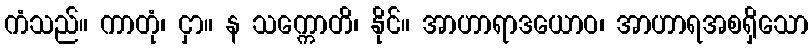
ကံသည်။ ကာတုံ၊ ငှာ။ န သက္ကောတိ၊ နိုင်။ အာဟာရာဒယောဝ၊ အာဟာရအစရှိသော